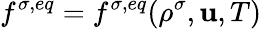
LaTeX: f^{\sigma,eq}=f^{\sigma,eq}(\rho^{\sigma},\mathbf{u},T)